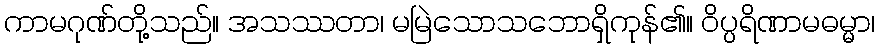
ကာမဂုဏ်တို့သည်။ အသဿတာ၊ မမြဲသောသဘောရှိကုန်၏။ ဝိပ္ပရိဏာမဓမ္မာ၊